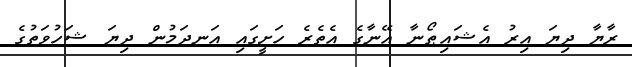
ރާޔާ ދިޔަ އިރު އެޝައިޠޯނާ އޭނާގެ އެތެރެ ހަށީގައި އަނދަމުން ދިޔަ ޝަހުވަތުގެ